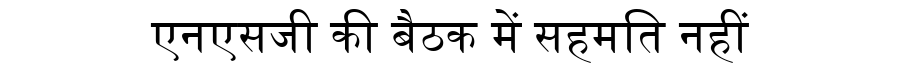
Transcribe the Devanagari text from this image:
एनएसजी की बैठक में सहमति नहीं